Annual report on the health of the army in India
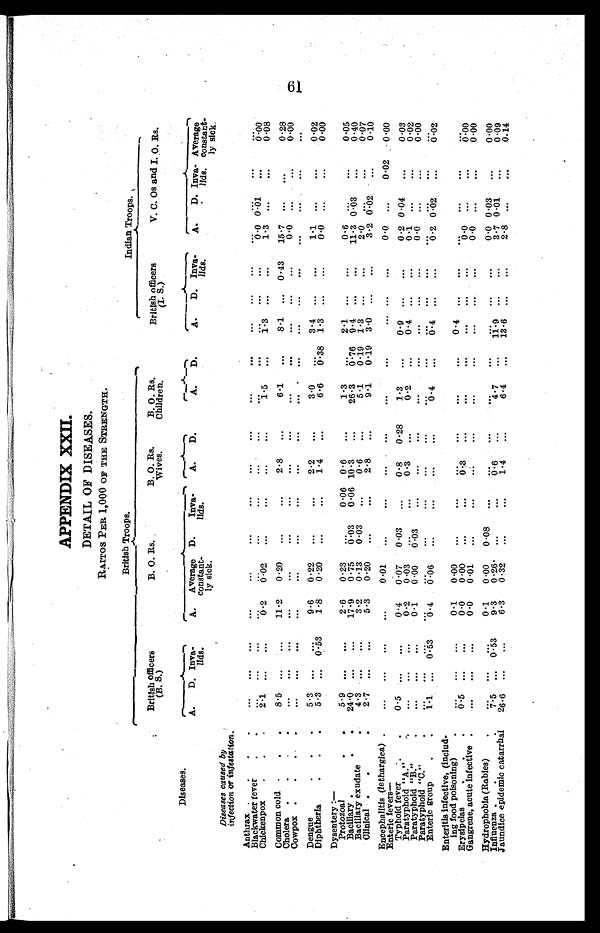
APPENDIX XXII.
DETAIL OF DISEASES.
RATIOS PER 1,000 OF THE STRENGTH.
British Troops.
Indian Troops.
British officers
(B. S.)
B. O. Rs.
B. O. Rs.
Wives.
B. O. Rs.
Children.
British officers
(I. S.)
V.C. Os and I. O. Rs.
Diseases.
A. D. Inva
lids.
A. . Average
constant
ly sick.
D.
I a v a
lids.
A. D.
A. D.
A. D. lava
lids.
A. D. I n v a l i d s
. Average
constant
ly sick.
Diseases caused by
infection or infestatation.
Anthrax
. . . . . .
. . ...
...
...
. . .
. . . ...
. . . ...
. . .
. . . . . . ...
...
. . .
...
Blackwater fever
. . . . . .
. . . ...
...
. . .
. . .
. . . ...
. . . . . . ...
. . . . . .
0.0 0.01 ...
0.00
Chickenpox
2.1 . . .
...
0 . 2
0 . 0 2 ...
. . .
. . . ...
1 . 5 ... 1.3 ... ...
1.3 ...
...
0.08
Common cold
8.5 . . .
...
11.2 0.20 ...
...
2.8 ...
6 . 1 ...
8.l ... 0.43 25.7 ... . . .
0.28
Cholera
. . . . . .
. . .
. . .
. . .
...
. . .
. . .
. . .
...
...
... ... ...
0.0 ..
...
0.00
Cowpox
... ... ...
...
...
...
. . . ...
...
...
... ... ... ...
...
...
. . .
...
Dengue
5.3 . . .
...
9.6 0.22 ...
...
2.2 ...
3 . 0
. . . ..3.4.
. . .
. . .
1 . 1 ...
. . .
0.02
Diphtheria
5 . 3 . . . 0.53 1.8 0.20 ...
... 1.4 ...
6.6
0 . 3 8 1.3 ... ...
0.00 ...
. . .
0.00
Dysentery:— Protozoal
2.6 0.23
. . .
0.06 0 . 6 ...
1 . 3 ... 2.1
. . .
. . . 0.6 ...
...
0.05
Bacillary
24.0 ... ...
17.9 0.75
0.03 0.06 10.3 ...
26.3 0.76 9.4 . . . . . .
11.3 0.03 ...
0.40
Bacillary exudate
4.3
3.2
0 . 1 3 0.03 ...
0.6 ...
5.1
0.19 1.3 . . . . . .
2 .0 .. ...
0.07
Clinical
2 . 7 ... ...
5.3 0.20 ...
...
2.8 ...
9.1 0.19 3.0 ... ...
3.2 0.02 ...
0.10
Encephalitis (Iethargica)
... ... ...
...
0 . 0 1 ...
...
...
...
...
...
... ... ...
0.0 ...
0.02 0.00
Enteric fevers
—
Typhoid fever
0.5 ... ...
0.4 0.07 0.03 ...
0.8 0 .28
1 . 3
... 0.9 _. _.
0.2 0. Pa r a t yphoi d04 ...
0.03
Paratyphoid "A."
... ... ...
0.2 0.03 ...
...
0.3
. . .
0.2
... ...
0 . 4
. . .
0.1 ...
...
0.02
Paratyphoid "B."
... ... ...
0.1 0.00 0.03 ...
. . . ...
...
... ...
. . . . . .
0.0 ...
...
0.00
Paratyphoid "C."
-
...
...
...
... ...
- -
... ... ...
. . . . . .
...
...
...
Enteric group
1 . 1 . . .
0 . 5 3 0.4
0 . 0 6 ...
...
...
...
0.4 ... 0.4 ... ...
0.2 0.0
...
0.02
Enteritis infective, (includ
ing food poisoning)
... . . .
. . . 0.1 0.00 ...
. . . .
. . . ...
...
...
0.4 ... ...
...
...
. . .
. . .
Erysipelas
. . . 0 . . . . . . . ...
0.
0.00 ...
... 0.3 ...
. . . ...
... ... ...
0.0 ...
...
0.00
Gangrene, acute infective
... ... ...
0.0
0 . 0 1 ...
. . . ...
...
...
...
... ... ...
0.0 ...
...
0.00
Hydrophobia (Rabies)
... . . .
...
0.1 0.00 0.08
. . . ... . . .
. . .
... ...
-
. . .
0.0 0.03 ...
0.00
Influenza
7 . 5 . . . 0.53
9 . 3
0. 26 ...
...
0 . 6 . . .
4 . 7
. . . 11.9 ... . . . . . .
3.7 0.01 . . .
0.09
Jaundice epidemic catarrhal 26.6 . . . ...
6.3 0.32 ... ...
1.4 ...
6.4 ... 13.6
. . . . . .
2.8 ...
...
0.14
61